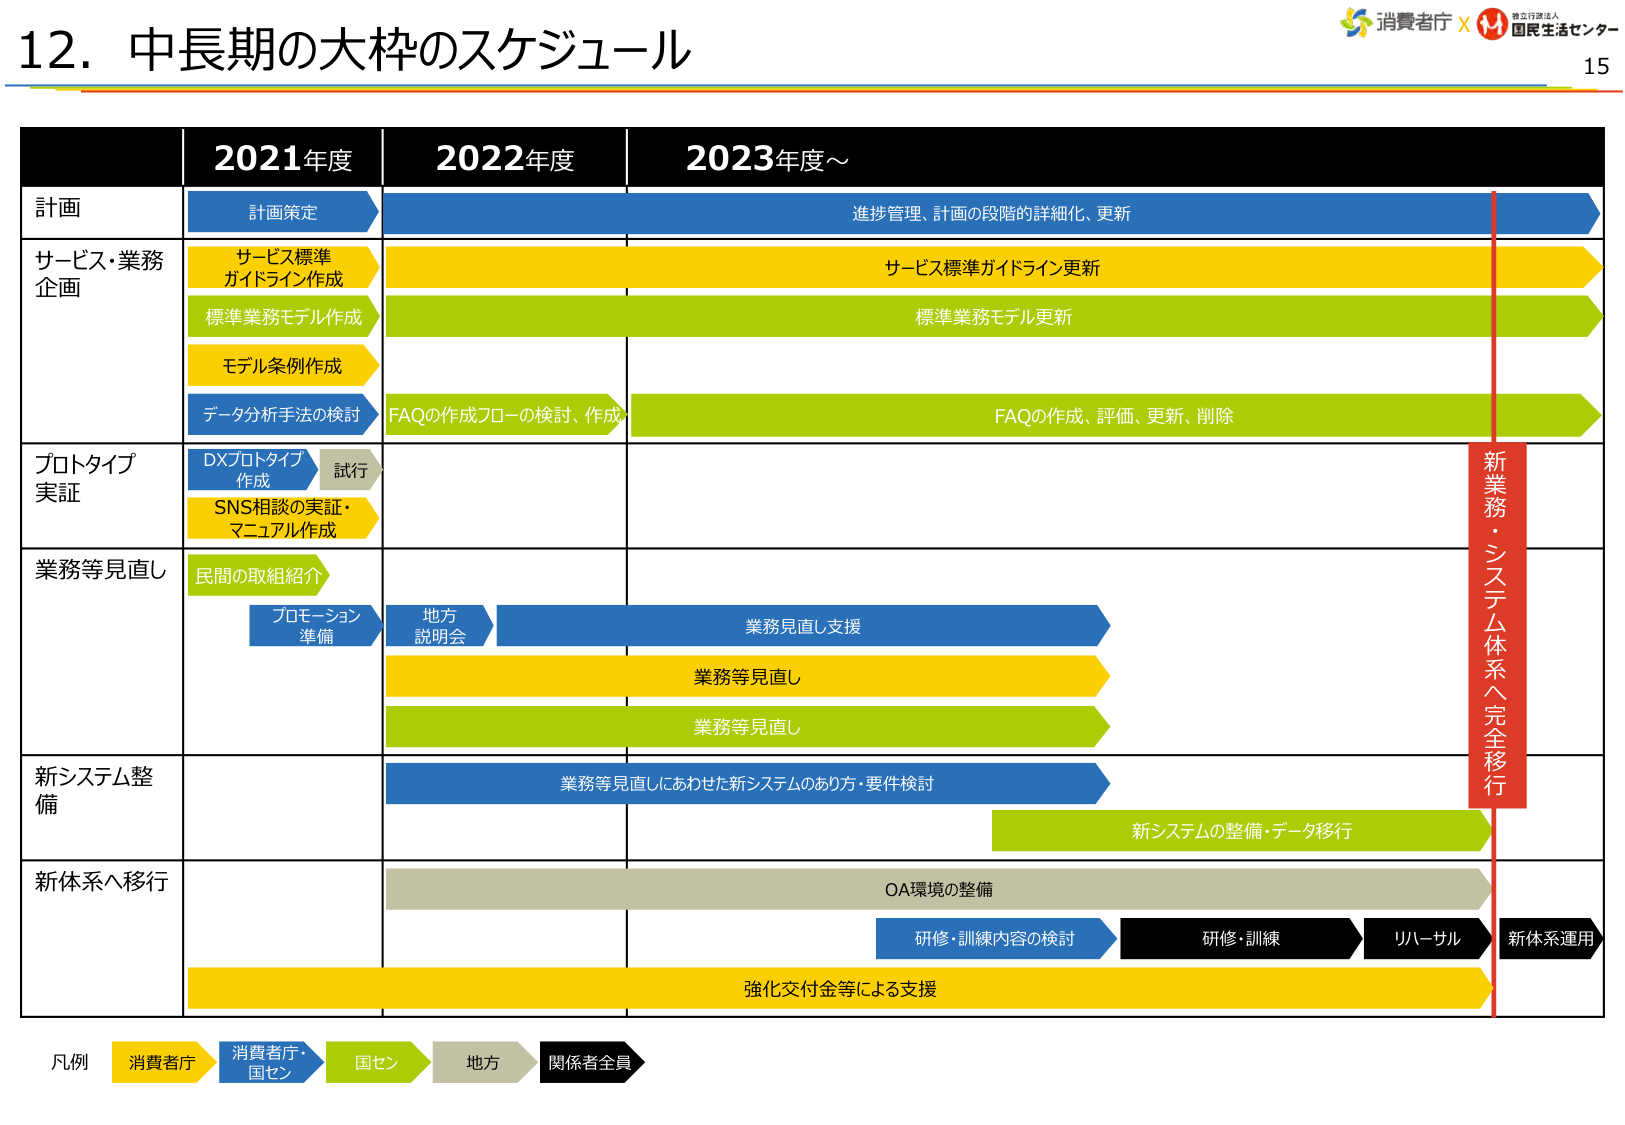
12. 中長期の大枠のスケジュール

消費者庁 × 独立行政法人 国民生活センター
15

2021年度 2022年度 2023年度～

計画
計画策定
進捗管理、計画の段階的詳細化、更新

サービス・業務企画
サービス標準ガイドライン作成
サービス標準ガイドライン更新
標準業務モデル作成
標準業務モデル更新
モデル条例作成
データ分析手法の検討
FAQの作成フローの検討、作成
FAQの作成、評価、更新、削除

プロトタイプ実証
DXプロトタイプ作成 試行
SNS相談の実証・マニュアル作成

業務等見直し
民間の取組紹介
プロモーション準備
地方説明会
業務見直し支援
業務等見直し
業務等見直し

新システム整備
業務等見直しにあわせた新システムのあり方・要件検討
新システムの整備・データ移行

新体系へ移行
OA環境の整備
研修・訓練内容の検討
研修・訓練
リハーサル
新体系運用
強化交付金等による支援

凡例
消費者庁
消費者庁・国セン
国セン
地方
関係者全員

新業務・システム体系へ完全移行